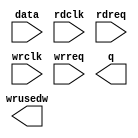
// megafunction wizard: %FIFO%VBB%
// GENERATION: STANDARD
// VERSION: WM1.0
// MODULE: dcfifo 

// ============================================================
// Megafunction Name(s):
// 			dcfifo
//
// Simulation Library Files(s):
// 			altera_mf
// ============================================================
// ************************************************************
// THIS IS A WIZARD-GENERATED FILE. DO NOT EDIT THIS FILE!
//
// 14.1.0 Build 186 12/03/2014 SJ Full Version
// ************************************************************

//Copyright (C) 1991-2014 Altera Corporation. All rights reserved.
//Your use of Altera Corporation's design tools, logic functions 
//and other software and tools, and its AMPP partner logic 
//functions, and any output files from any of the foregoing 
//(including device programming or simulation files), and any 
//associated documentation or information are expressly subject 
//to the terms and conditions of the Altera Program License 
//Subscription Agreement, the Altera Quartus II License Agreement,
//the Altera MegaCore Function License Agreement, or other 
//applicable license agreement, including, without limitation, 
//that your use is for the sole purpose of programming logic 
//devices manufactured by Altera and sold by Altera or its 
//authorized distributors.  Please refer to the applicable 
//agreement for further details.

module ADCFIFO14X8 (
	data,
	rdclk,
	rdreq,
	wrclk,
	wrreq,
	q,
	wrusedw);

	input	[13:0]  data;
	input	  rdclk;
	input	  rdreq;
	input	  wrclk;
	input	  wrreq;
	output	[13:0]  q;
	output	[3:0]  wrusedw;

endmodule

// ============================================================
// CNX file retrieval info
// ============================================================
// Retrieval info: PRIVATE: AlmostEmpty NUMERIC "0"
// Retrieval info: PRIVATE: AlmostEmptyThr NUMERIC "-1"
// Retrieval info: PRIVATE: AlmostFull NUMERIC "1"
// Retrieval info: PRIVATE: AlmostFullThr NUMERIC "4"
// Retrieval info: PRIVATE: CLOCKS_ARE_SYNCHRONIZED NUMERIC "0"
// Retrieval info: PRIVATE: Clock NUMERIC "4"
// Retrieval info: PRIVATE: Depth NUMERIC "16"
// Retrieval info: PRIVATE: Empty NUMERIC "0"
// Retrieval info: PRIVATE: Full NUMERIC "0"
// Retrieval info: PRIVATE: INTENDED_DEVICE_FAMILY STRING "Cyclone IV GX"
// Retrieval info: PRIVATE: LE_BasedFIFO NUMERIC "0"
// Retrieval info: PRIVATE: LegacyRREQ NUMERIC "1"
// Retrieval info: PRIVATE: MAX_DEPTH_BY_9 NUMERIC "0"
// Retrieval info: PRIVATE: OVERFLOW_CHECKING NUMERIC "0"
// Retrieval info: PRIVATE: Optimize NUMERIC "0"
// Retrieval info: PRIVATE: RAM_BLOCK_TYPE NUMERIC "0"
// Retrieval info: PRIVATE: SYNTH_WRAPPER_GEN_POSTFIX STRING "0"
// Retrieval info: PRIVATE: UNDERFLOW_CHECKING NUMERIC "0"
// Retrieval info: PRIVATE: UsedW NUMERIC "0"
// Retrieval info: PRIVATE: Width NUMERIC "14"
// Retrieval info: PRIVATE: dc_aclr NUMERIC "0"
// Retrieval info: PRIVATE: diff_widths NUMERIC "0"
// Retrieval info: PRIVATE: msb_usedw NUMERIC "0"
// Retrieval info: PRIVATE: output_width NUMERIC "14"
// Retrieval info: PRIVATE: rsEmpty NUMERIC "0"
// Retrieval info: PRIVATE: rsFull NUMERIC "0"
// Retrieval info: PRIVATE: rsUsedW NUMERIC "0"
// Retrieval info: PRIVATE: sc_aclr NUMERIC "0"
// Retrieval info: PRIVATE: sc_sclr NUMERIC "0"
// Retrieval info: PRIVATE: wsEmpty NUMERIC "0"
// Retrieval info: PRIVATE: wsFull NUMERIC "0"
// Retrieval info: PRIVATE: wsUsedW NUMERIC "1"
// Retrieval info: LIBRARY: altera_mf altera_mf.altera_mf_components.all
// Retrieval info: CONSTANT: INTENDED_DEVICE_FAMILY STRING "Cyclone IV GX"
// Retrieval info: CONSTANT: LPM_NUMWORDS NUMERIC "16"
// Retrieval info: CONSTANT: LPM_SHOWAHEAD STRING "OFF"
// Retrieval info: CONSTANT: LPM_TYPE STRING "dcfifo"
// Retrieval info: CONSTANT: LPM_WIDTH NUMERIC "14"
// Retrieval info: CONSTANT: LPM_WIDTHU NUMERIC "4"
// Retrieval info: CONSTANT: OVERFLOW_CHECKING STRING "ON"
// Retrieval info: CONSTANT: RDSYNC_DELAYPIPE NUMERIC "4"
// Retrieval info: CONSTANT: UNDERFLOW_CHECKING STRING "ON"
// Retrieval info: CONSTANT: USE_EAB STRING "ON"
// Retrieval info: CONSTANT: WRSYNC_DELAYPIPE NUMERIC "4"
// Retrieval info: USED_PORT: data 0 0 14 0 INPUT NODEFVAL "data[13..0]"
// Retrieval info: USED_PORT: q 0 0 14 0 OUTPUT NODEFVAL "q[13..0]"
// Retrieval info: USED_PORT: rdclk 0 0 0 0 INPUT NODEFVAL "rdclk"
// Retrieval info: USED_PORT: rdreq 0 0 0 0 INPUT NODEFVAL "rdreq"
// Retrieval info: USED_PORT: wrclk 0 0 0 0 INPUT NODEFVAL "wrclk"
// Retrieval info: USED_PORT: wrreq 0 0 0 0 INPUT NODEFVAL "wrreq"
// Retrieval info: USED_PORT: wrusedw 0 0 4 0 OUTPUT NODEFVAL "wrusedw[3..0]"
// Retrieval info: CONNECT: @data 0 0 14 0 data 0 0 14 0
// Retrieval info: CONNECT: @rdclk 0 0 0 0 rdclk 0 0 0 0
// Retrieval info: CONNECT: @rdreq 0 0 0 0 rdreq 0 0 0 0
// Retrieval info: CONNECT: @wrclk 0 0 0 0 wrclk 0 0 0 0
// Retrieval info: CONNECT: @wrreq 0 0 0 0 wrreq 0 0 0 0
// Retrieval info: CONNECT: q 0 0 14 0 @q 0 0 14 0
// Retrieval info: CONNECT: wrusedw 0 0 4 0 @wrusedw 0 0 4 0
// Retrieval info: GEN_FILE: TYPE_NORMAL ADCFIFO14X8.v TRUE
// Retrieval info: GEN_FILE: TYPE_NORMAL ADCFIFO14X8.inc TRUE
// Retrieval info: GEN_FILE: TYPE_NORMAL ADCFIFO14X8.cmp TRUE
// Retrieval info: GEN_FILE: TYPE_NORMAL ADCFIFO14X8.bsf TRUE
// Retrieval info: GEN_FILE: TYPE_NORMAL ADCFIFO14X8_inst.v TRUE
// Retrieval info: GEN_FILE: TYPE_NORMAL ADCFIFO14X8_bb.v TRUE
// Retrieval info: LIB_FILE: altera_mf